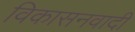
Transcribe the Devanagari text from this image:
विकासनवादी